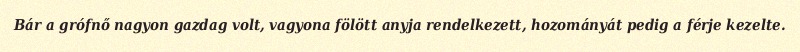
Bár a grófnő nagyon gazdag volt, vagyona fölött anyja rendelkezett, hozományát pedig a férje kezelte.